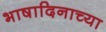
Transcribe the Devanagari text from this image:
भाषादिनाच्या